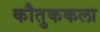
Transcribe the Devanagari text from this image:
कौतुककला